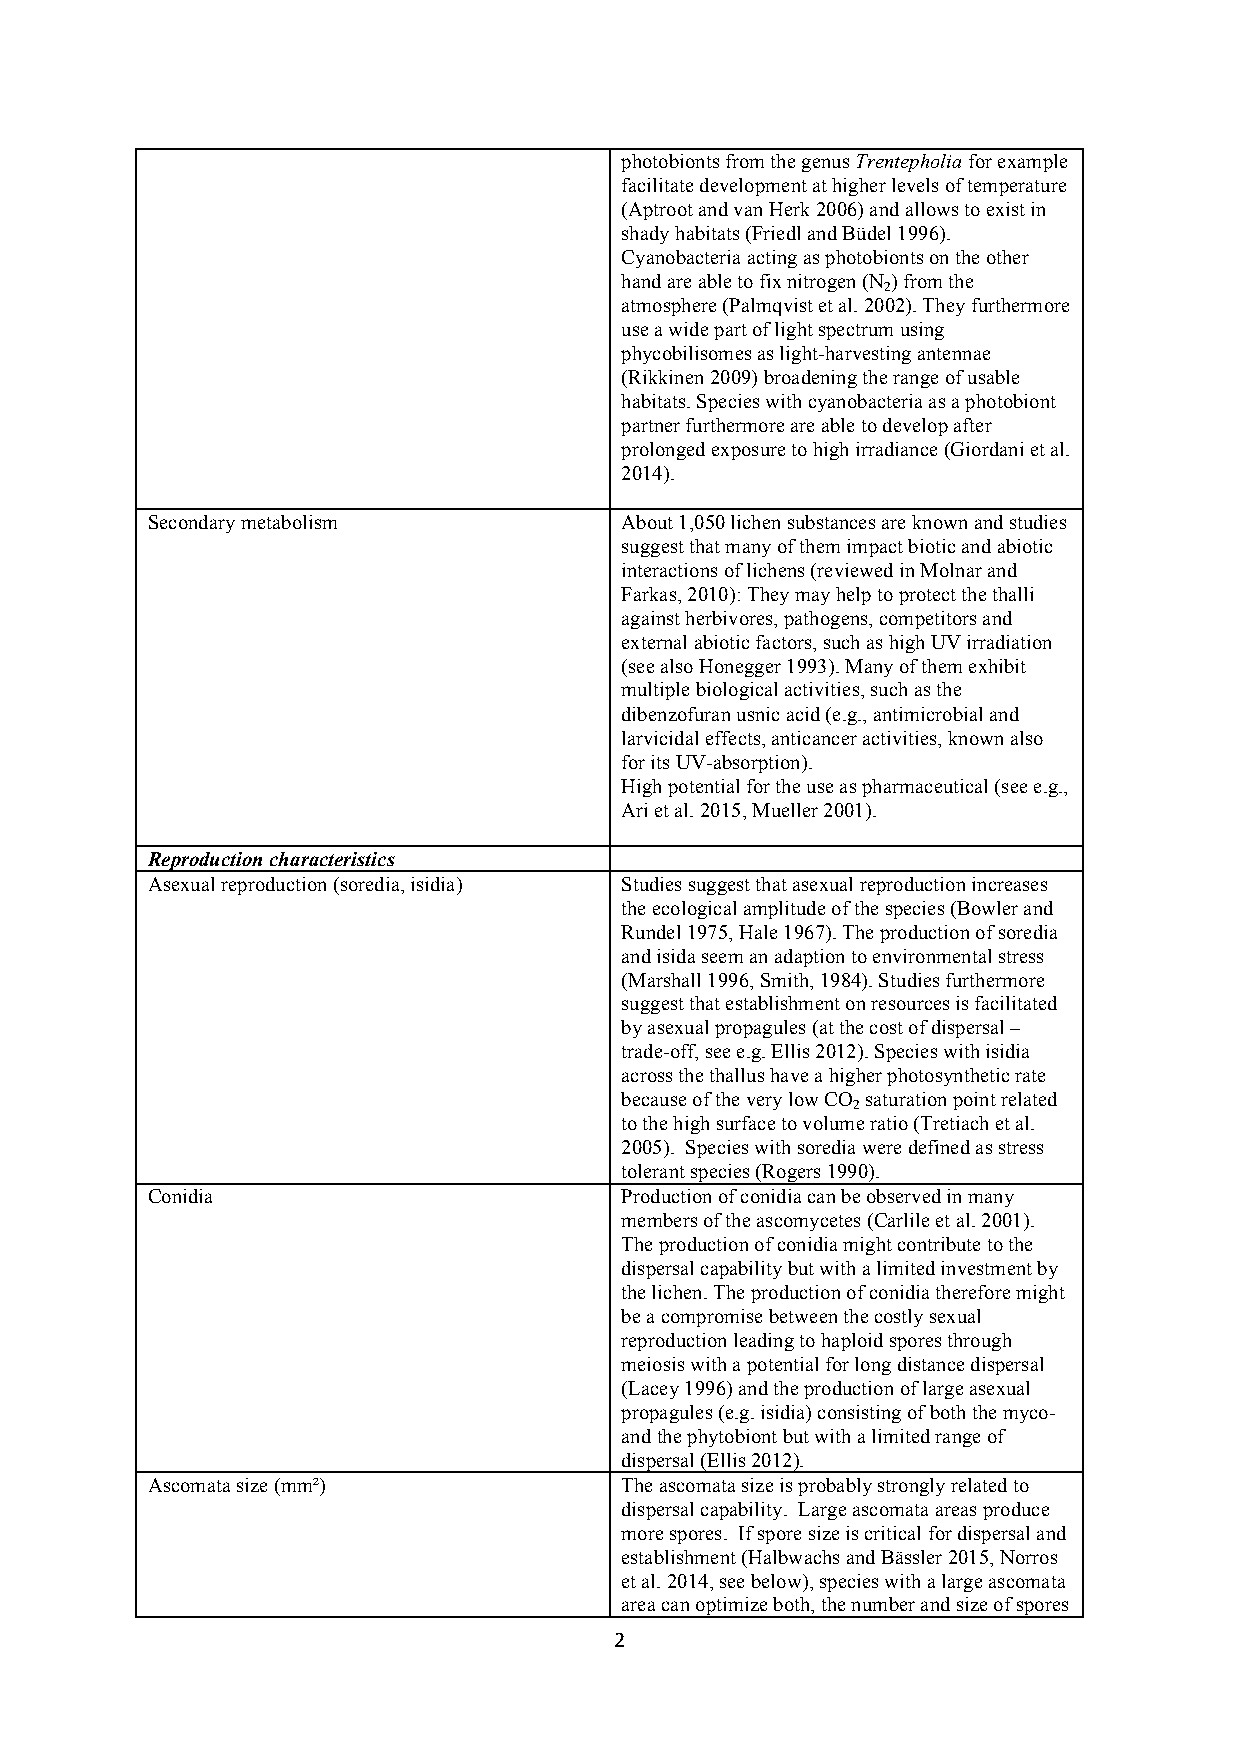
photobionts from the genus Trentepholia for example
 facilitate development at higher levels of temperature
 (Aptroot and van Herk 2006) and allows to exist in
 shady habitats (Friedl and Büdel 1996).
 Cyanobacteria acting as photobionts on the other
 hand are able to fix nitrogen (N ) from the
 2
 atmosphere (Palmqvist et al. 2002). They furthermore
 use a wide part of light spectrum using
 phycobilisomes as light-harvesting antennae
 (Rikkinen 2009) broadening the range of usable
 habitats. Species with cyanobacteria as a photobiont
 partner furthermore are able to develop after
 prolonged exposure to high irradiance (Giordani et al.
 2014).
 Secondary metabolism           About 1,050 lichen substances are known and studies
 suggest that many of them impact biotic and abiotic
 interactions of lichens (reviewed in Molnar and
 Farkas, 2010): They may help to protect the thalli
 against herbivores, pathogens, competitors and
 external abiotic factors, such as high UV irradiation
 (see also Honegger 1993). Many of them exhibit
 multiple biological activities, such as the
 dibenzofuran usnic acid (e.g., antimicrobial and
 larvicidal effects, anticancer activities, known also
 for its UV-absorption).
 High potential for the use as pharmaceutical (see e.g.,
 Ari et al. 2015, Mueller 2001).
 Reproduction characteristics
 Asexual reproduction (soredia, isidia) Studies suggest that asexual reproduction increases
 the ecological amplitude of the species (Bowler and
 Rundel 1975, Hale 1967). The production of soredia
 and isida seem an adaption to environmental stress
 (Marshall 1996, Smith, 1984). Studies furthermore
 suggest that establishment on resources is facilitated
 by asexual propagules (at the cost of dispersal –
 trade-off, see e.g. Ellis 2012). Species with isidia
 across the thallus have a higher photosynthetic rate
 because of the very low CO saturation point related
 2
 to the high surface to volume ratio (Tretiach et al.
 2005). Species with soredia were defined as stress
 tolerant species (Rogers 1990).
 Conidia                        Production of conidia can be observed in many
 members of the ascomycetes (Carlile et al. 2001).
 The production of conidia might contribute to the
 dispersal capability but with a limited investment by
 the lichen. The production of conidia therefore might
 be a compromise between the costly sexual
 reproduction leading to haploid spores through
 meiosis with a potential for long distance dispersal
 (Lacey 1996) and the production of large asexual
 propagules (e.g. isidia) consisting of both the myco-
 and the phytobiont but with a limited range of
 dispersal (Ellis 2012).
 Ascomata size (mm²)            The ascomata size is probably strongly related to
 dispersal capability. Large ascomata areas produce
 more spores. If spore size is critical for dispersal and
 establishment (Halbwachs and Bässler 2015, Norros
 et al. 2014, see below), species with a large ascomata
 area can optimize both, the number and size of spores
 2